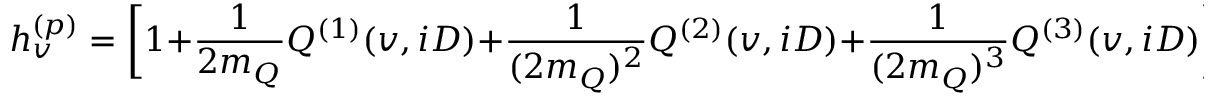
h _ { v } ^ { ( p ) } = \biggl [ 1 + \frac { 1 } { 2 m _ { Q } } Q ^ { ( 1 ) } ( v , i D ) + \frac { 1 } { ( 2 m _ { Q } ) ^ { 2 } } Q ^ { ( 2 ) } ( v , i D ) + \frac { 1 } { ( 2 m _ { Q } ) ^ { 3 } } Q ^ { ( 3 ) } ( v , i D ) \biggr ] h _ { v }